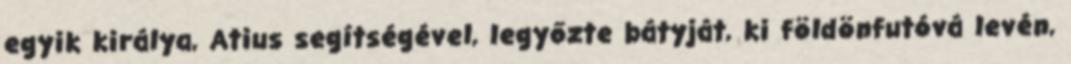
egyik királya, Atius segítségével, legyőzte bátyját, ki földönfutóvá levén,